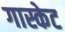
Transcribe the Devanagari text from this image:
गास्केट